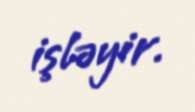
işləyir.